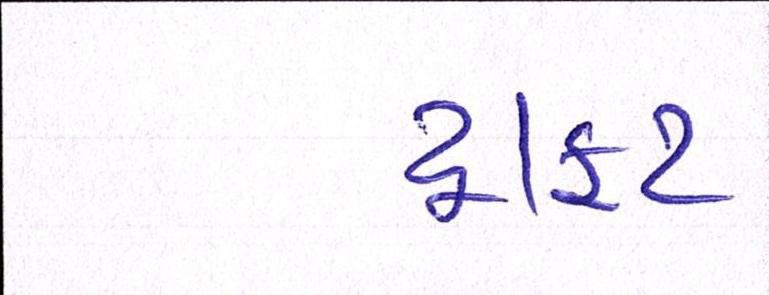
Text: ડ્રાફટ